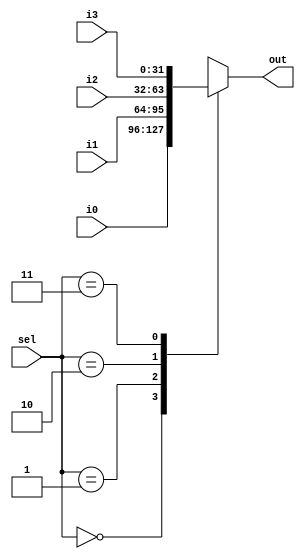
module MUX4 #(parameter len=32)(output reg [len-1:0]out,
								input  [len-1:0]i0,
								input  [len-1:0]i1,
								input  [len-1:0]i2,
								input  [len-1:0]i3,
								input  [1:0]sel
								);
	
	always @ (i0 or i1 or i2 or i3 or sel) begin
      case(sel)
			2'b00: out = i0;
			2'b01: out = i1;
			2'b10: out = i2;
			2'b11: out = i3;
			
			default: out = 32'b0;

		endcase

	end
			
endmodule